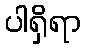
ပါရှိရာ